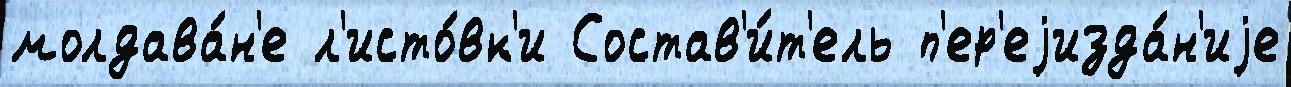
молдава́н'е л'исто́вк'и Состав'и́т'ель п'ер'еjизда́н'иjе